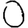
Digit: 0